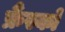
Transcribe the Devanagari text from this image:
फ्रैंस्को